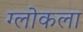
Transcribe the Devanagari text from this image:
ग्लोकला